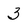
Character: 3